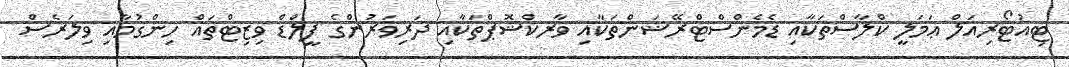
ޓިއުޓޯރިއަލް ޢަމަލީ ކްލާސްތަކާއި ޑެމެންސްޓްރޭޝަންތަކާއި ވާރކްޝޮޕްތަކާއި ދަރިވަރުންގެ ފީލްޑް ވިޒިޓްތައް ހިންގުމާއި ވިލަރެސް